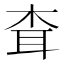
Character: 𦕂